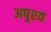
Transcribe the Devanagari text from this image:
अपृश्‍य